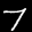
Label: 7